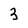
Character: 3